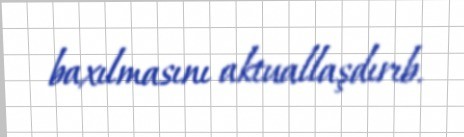
baxılmasını aktuallaşdırıb.